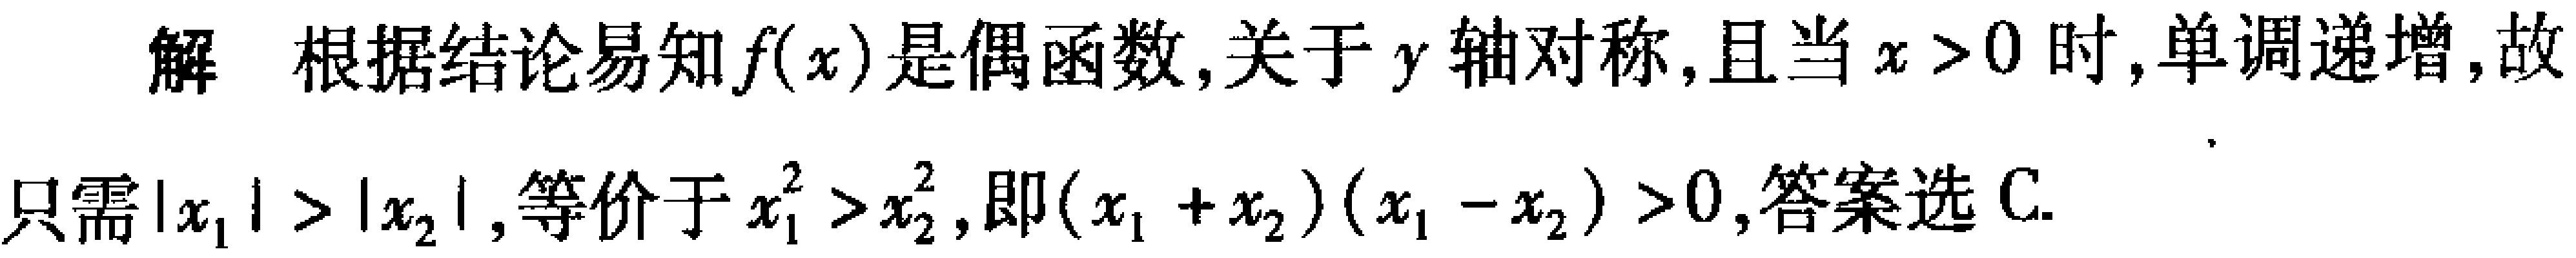
解 根据结论易知\(f(x)\)是偶函数,关于\(y\)轴对称,且当\(x > 0\)时,单调递增,故只需\(\vert x_{1}\vert > \vert x_{2}\vert\),等价于\(x_{1}^{2} > x_{2}^{2}\),即\((x_{1} + x_{2})(x_{1} - x_{2}) > 0\),答案选C.